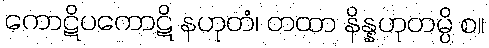
ကောဋိပကောဋိ နဟုတံ၊ တထာ နိန္နဟုတမ္ပိ စ။